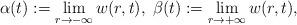
LaTeX: \begin{align*}\alpha(t):=\lim_{r\to-\infty}w(r,t),\;\beta(t):=\lim_{r\to+\infty}w(r,t),\end{align*}